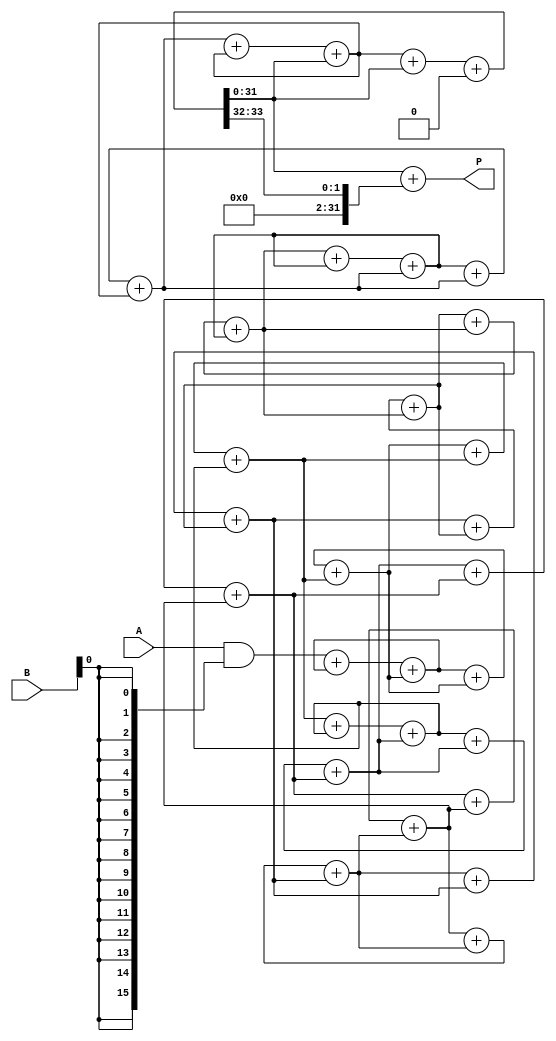
module wallace_tree_multiplier #(parameter WIDTH = 16) (
    input  wire [WIDTH-1:0] A,  // Multiplicand
    input  wire [WIDTH-1:0] B,  // Multiplier
    output wire [2*WIDTH-1:0] P // Product
);

    // Generate partial products
    wire [WIDTH-1:0] pp [0:WIDTH-1]; // Partial products
    genvar i;
    generate
        for (i = 0; i < WIDTH; i = i + 1) begin : pp_gen
            assign pp[i] = A & {WIDTH{B[i]}};
        end
    endgenerate

    // Wallace tree reduction
    wire [2*WIDTH-1:0] sum [0:WIDTH-1]; // Sums at each stage
    wire [2*WIDTH-1:0] carry [0:WIDTH-1]; // Carries at each stage

    // Initial stage: Align partial products
    genvar j;
    generate
        for (j = 0; j < WIDTH; j = j + 1) begin : initial_stage
            assign sum[j] = {pp[j], {j{1'b0}}}; // Shift partial products
            assign carry[j] = {2*WIDTH{1'b0}}; // Initialize carry
        end
    endgenerate

    // Wallace tree reduction stages
    genvar k;
    generate
        for (k = 0; k < WIDTH-1; k = k + 1) begin : reduction_stage
            wire [2*WIDTH-1:0] a, b, c;
            assign a = sum[k];
            assign b = (k + 1 < WIDTH) ? sum[k + 1] : {2*WIDTH{1'b0}};
            assign c = (k + 2 < WIDTH) ? sum[k + 2] : {2*WIDTH{1'b0}};

            // Full adders for three inputs
            wire [2*WIDTH-1:0] fa_sum, fa_carry;
            wire [2*WIDTH-1:0] ha_sum, ha_carry;

            // Full adder: a + b + c
            assign {fa_carry, fa_sum} = a + b + c;

            // Store results for next stage
            assign sum[k + 1] = fa_sum;
            assign carry[k + 1] = fa_carry;
        end
    endgenerate

    // Final addition stage
    wire [2*WIDTH-1:0] final_sum;
    wire [2*WIDTH-1:0] final_carry;

    assign {final_carry, final_sum} = sum[WIDTH-1] + carry[WIDTH-1];

    // Output the final product
    assign P = final_sum;

endmodule